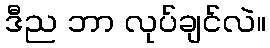
ဒီည ဘာ လုပ်ချင်လဲ။